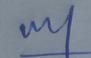
Signature authenticity: genuine